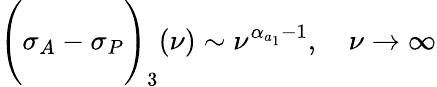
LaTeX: \Biggl(\sigma_{A}-\sigma_{P}\Biggr)_{3}(\nu)\sim\nu^{\alpha_{a_{1}}-1},\ \ \ \ \nu\rightarrow\infty